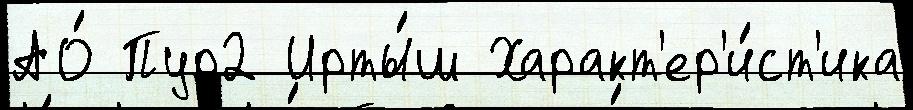
АО́ Пур2 Ирты́ш Характ'ер'и́ст'ика